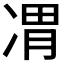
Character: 𪞦